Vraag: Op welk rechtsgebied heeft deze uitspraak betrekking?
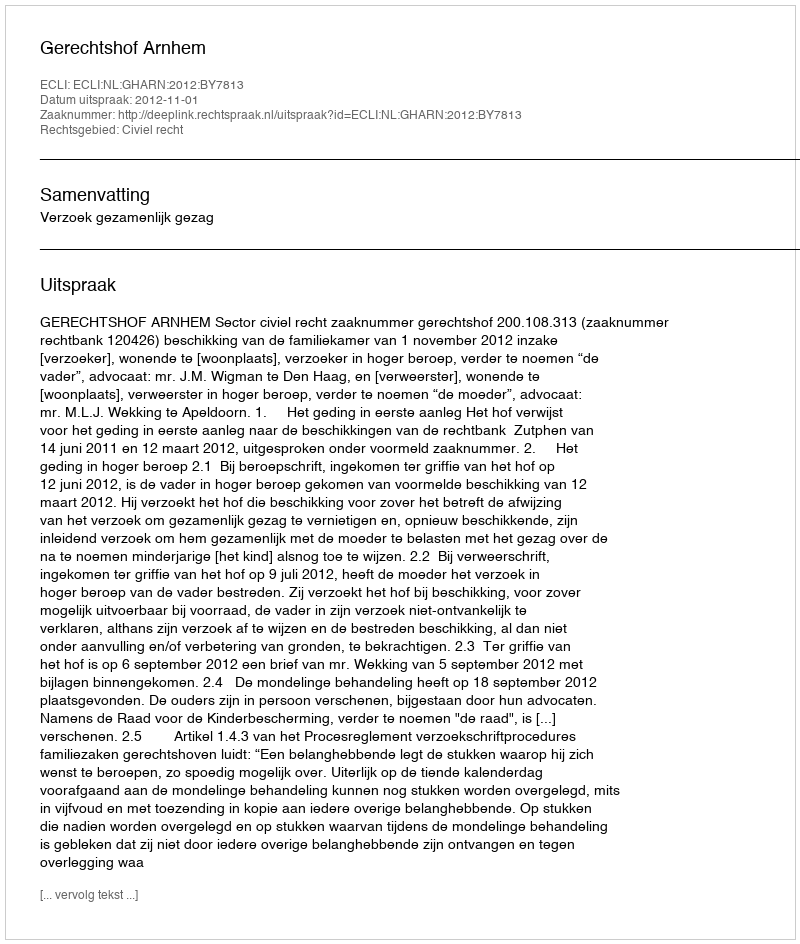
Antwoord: Civiel recht